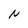
Character: N